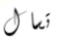
تسال